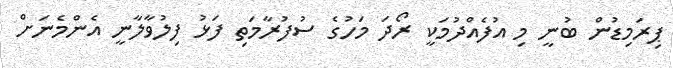
ޕިރަމިޑުން ބުނީ މި އުފެއްދުމަކީ ރޯދަ މަހުގެ ސުފުރާމަތި ފަޅު ފިލުވާލާނީ އެންމެނަށް